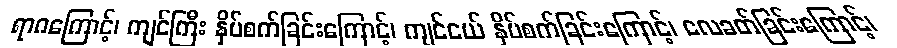
ရာဂကြောင့်၊ ကျင်ကြီး နှိပ်စက်ခြင်းကြောင့်၊ ကျင်ငယ် နှိပ်စက်ခြင်းကြောင့်၊ လေခတ်ခြင်းကြောင့်၊